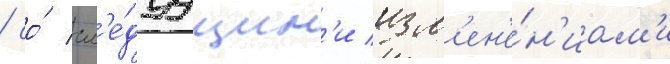
/ со́ сл'е́дуущим'и изм'ен'е́н'иам'и